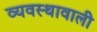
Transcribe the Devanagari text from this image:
व्यवस्थावाली